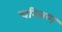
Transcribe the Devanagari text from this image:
चरित्रण